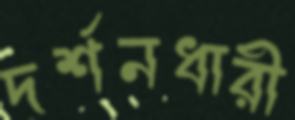
দর্শনধারী